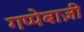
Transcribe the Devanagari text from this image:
गप्पेबाज़ी